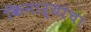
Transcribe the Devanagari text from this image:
किनाऱ्यांचा